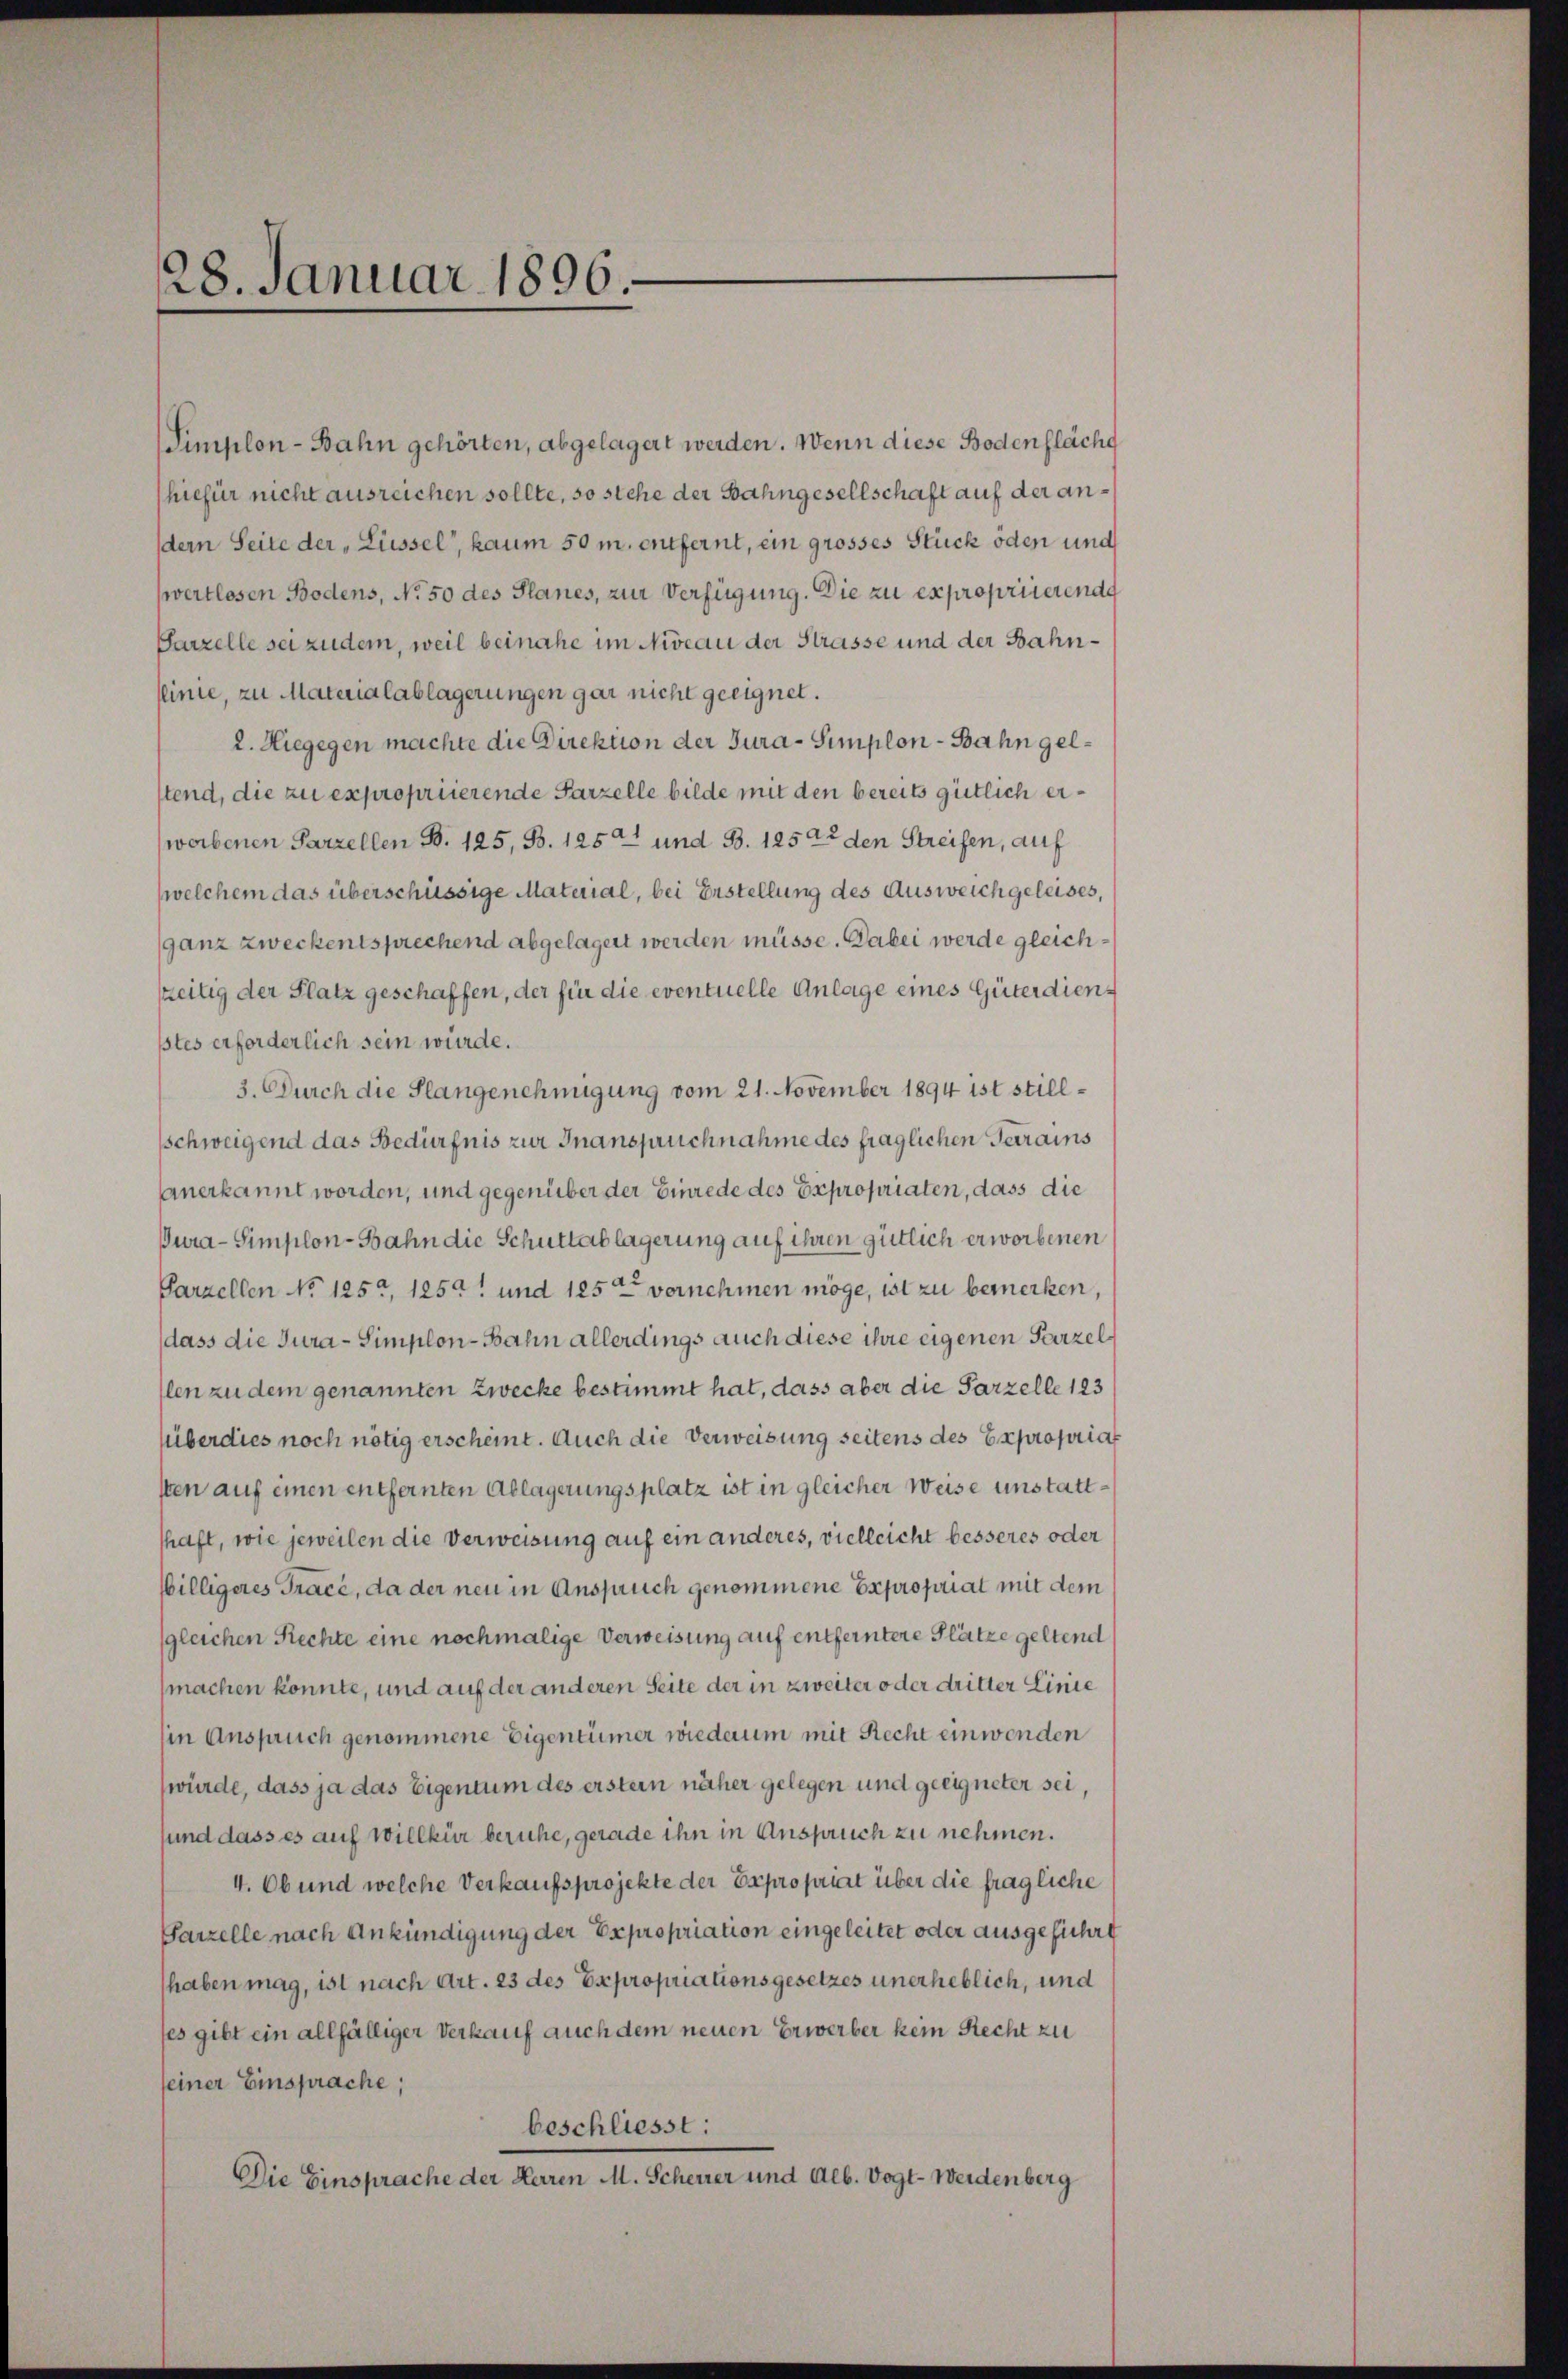
28. Januar 1896.

Simplon-Bahn gehörten, abgelagert werden. Wenn diese Bodenfläche
hiefür nicht ausreichen sollte, so stehe der Bahngesellschaft auf der andern Seite der „Lüssel, kaum 50 m. entfernt, ein grosses Stück oder und
swertlosen Bodens, No 50 des Planes, zur Verfügung. Die zu expropriierendg
Parzelle sei zudem, weil beinahe im Niveau der Strasse und der Bahnslinie, zu Materialablagerungen gar nicht geeignet.
2. Hiegegen machte die Direktion der Jura-Simplon - Bahn gelstend, die zu expropriierende Parzelle bilde mit den bereits gütlich erwerbenen Parzellen B. 125, B. 125 und B. 1252 den Streifen, auf
welchem das überschüssige Material, bei Erstellung des Ausweichgeleises,
ganz zweckentsprechend abgelagert werden müsse. Dabei werde gleichszeitig der Platz geschaffen, der für die eventuelle Anlage eines Güterdiensstes erforderlich sein würde.
3. Durch die Plangenehmigung vom 21. November 1894 ist stillsschweigend das Bedürfnis zur Inanspruchnahme des fraglichen Terrains
Anerkannt worden, und gegenüber der Einrede des Expropriaten, dass die
Dura-Simplon-Bahn die Schuttablagerung auf ihren gütlich erworbenen
Parzellen No 125, 125 und 125ten vernehmen möge, ist zu bemerken,
dass die Jura - Simplon-Bahn allerdings auch diese ihre eigenen Parzel
len zu dem genannten Zwecke bestimmt hat, dass aber die Parzelle 123
Überdies noch nötig erscheint. Auch die Verweisung seitens des Expropria
sten auf einen entfernten Ablagerungsplatz ist in gleicher Weise unstattshaft, wie jeweilen die Verweisung auf ein anderes, vielleicht besseres oder
Willigeres Trace, da der neu in Anspruch genommene Expropriat mit dem
gleichen Rechte eine nochmalige Verweisung auf entferntere Plätze geltend
machen könnte, und auf der anderen Seite der in zweiter oder dritter Linie
in Anspruch genommene Eigentümer wiederum mit Recht einwenden
würde, dass ja das Eigentum des erster näher gelegen und geeigneter sei,
sund dass es auf Willkür beruhe, gerade ihn in Anspruch zu nehmen.
4. Ob und welche Verkaufsprojekte der Expropriat über die fragliche
Parzelle nach Ankündigung der Expropriation eingeleitet oder ausgeführt
haben mag, ist nach Art. 23 des Expropriationsgesetzes unerheblich, und
fes gibt ein allfälliger Verkauf auch dem neuen Erwerber kein Recht zu
seiner Einsprache;
beschliesst:
Die Einsprache der Herren M. Scheurer und Alb. Vogt-Weidenberg